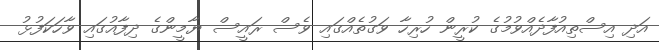
އަދި އިސްތިއުފާދެއްވުމުގެ ކުރީން ހުރިހާ ވަގުތެއްގައި ވެސް ރައީސް ޔާމީންގެ ދިފާއުގައި ވާހަކަފުޅު